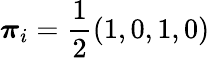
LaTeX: \boldsymbol{\pi}_{i}=\frac{1}{2}(1,0,1,0)